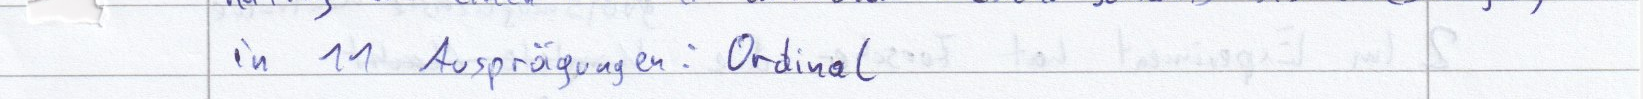
in 11 Ausprägungen: Ordinal